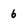
Character: 6